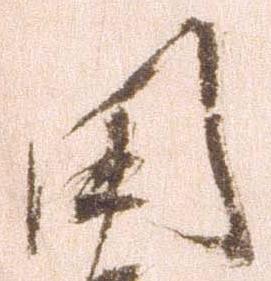
田